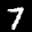
Label: 7